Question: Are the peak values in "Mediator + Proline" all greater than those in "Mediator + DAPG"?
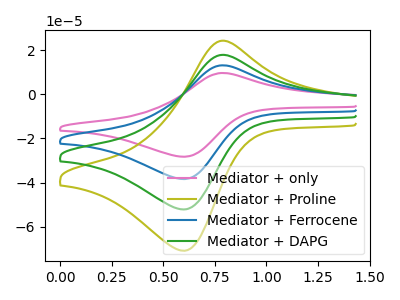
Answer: <think>The pink curve "Mediator + only" has an anodic peak at (0.80V, 53.70uA) and a cathodic peak at (0.60V, -156.55uA). The olive curve "Mediator + Proline" has an anodic peak at (0.80V, 24.30uA) and a cathodic peak at (0.60V, -70.90uA). The blue curve "Mediator + Ferrocene" has an anodic peak at (0.80V, 35.80uA) and a cathodic peak at (0.60V, -104.35uA). The green curve "Mediator + DAPG" has an anodic peak at (0.80V, 17.90uA) and a cathodic peak at (0.60V, -52.20uA).</think>
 <answer>Every peak in "Mediator + Proline" is higher than every peak in "Mediator + DAPG".</answer>
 <eval>higher</eval>